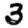
Digit: 3